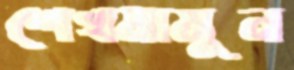
শেখমামুন